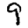
Digit: 9